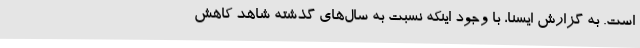
است. به گزارش ایسنا، با وجود اینکه نسبت به سال‌های گذشته شاهد کاهش